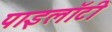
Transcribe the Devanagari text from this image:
पाइलॉटी